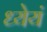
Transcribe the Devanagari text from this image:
ध्येयं